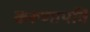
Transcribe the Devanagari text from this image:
करूणापति